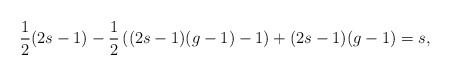
\begin{align*}{1\over 2}(2s-1)-{1\over 2}\left( (2s-1)(g-1)-1 \right)+(2s-1)(g-1)=s,\end{align*}